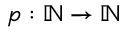
p : \mathbb { N } \to \mathbb { N }